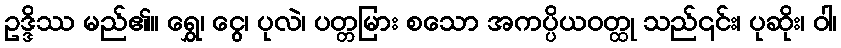
ဥဒ္ဒိဿ မည်၏။ ရွှေ၊ ငွေ၊ ပုလဲ၊ ပတ္တမြား စသော အကပ္ပိယဝတ္ထု သည်၎င်း၊ ပုဆိုး၊ ဝါ၊